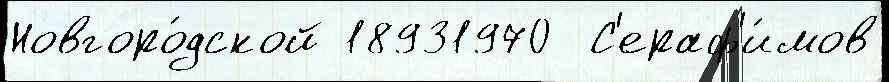
Новгоро́дской 18931970  С'ераф'и́мов